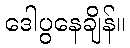
ဒေါပွနေချိန်။